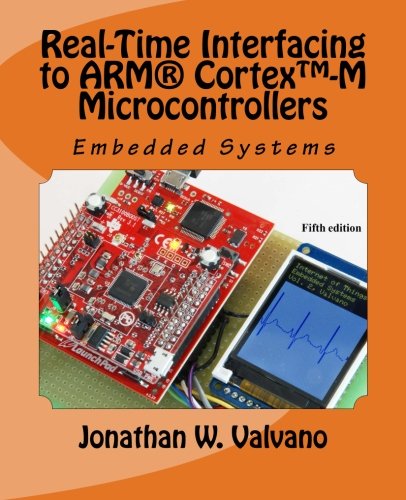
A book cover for Embedded Systems: Real-Time Interfacing to ArmÂ® Cortex(TM)-M Microcontrollers; Jonathan W. Valvano; Computers & Technology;